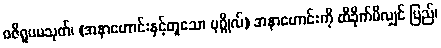
ဝဇိရူပမသုတ်၊ (အနာဟောင်းနှင့်တူသော ပုဂ္ဂိုလ်) အနာဟောင်းကို ထိခိုက်မိလျှင် ပြည်၊